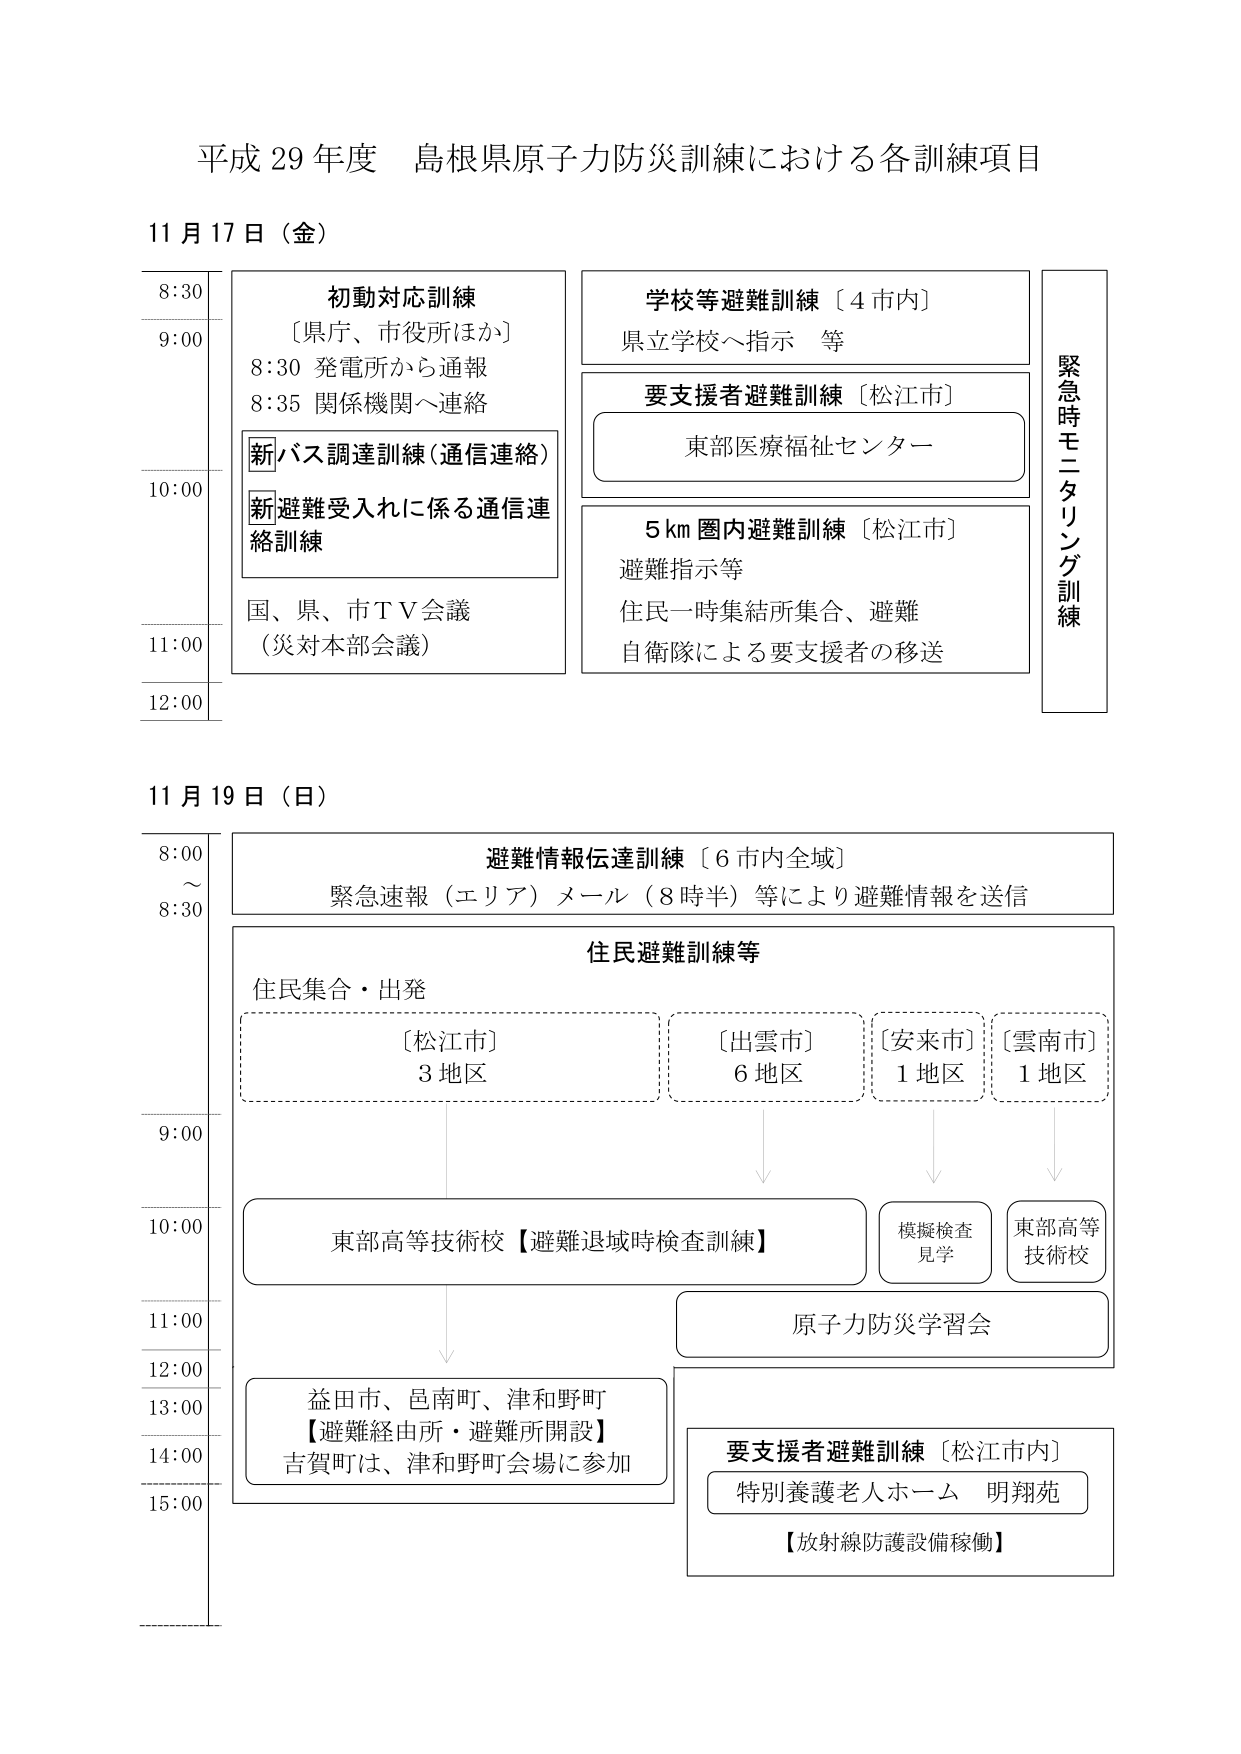
平成 29 年度 島根県原子力防災訓練における各訓練項目

11 月 17 日（金）

8:30 初動対応訓練
〔県庁、市役所ほか〕
8:30 発電所から通報
8:35 関係機関へ連絡

新バス調達訓練（通信連絡）
新避難受入れに係る通信連絡訓練

10:00 国、県、市ＴＶ会議
（災対本部会議）

学校等避難訓練〔4 市内〕
県立学校へ指示 等

要支援者避難訓練〔松江市〕
東部医療福祉センター

5km 圏内避難訓練〔松江市〕
避難指示等
住民一時集結所集合、避難
自衛隊による要支援者の移送

緊急時モニタリング訓練

11:00

12:00

11 月 19 日（日）

8:00～8:30 避難情報伝達訓練〔6 市内全域〕
緊急速報（エリア）メール（8 時半）等により避難情報を送信

住民避難訓練等
住民集合・出発
〔松江市〕3 地区
〔出雲市〕6 地区
〔安来市〕1 地区
〔雲南市〕1 地区

10:00 東部高等技術校【避難退域時検査訓練】
模擬検査 見学
東部高等技術校

11:00 原子力防災学習会

12:00

13:00 益田市、邑南町、津和野町
【避難経由所・避難所開設】
古賀町は、津和野町会場に参加

14:00

15:00 要支援者避難訓練〔松江市内〕
特別養護老人ホーム 明翔苑
【放射線防護設備稼働】